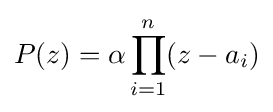
P(z)=\alpha \prod _{i=1}^{n}(z-a_{i})